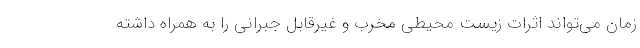
زمان می‌تواند اثرات زیست محیطی مخرب و غیرقابل جبرانی را به همراه داشته